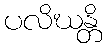
ပလိဃန္တိ